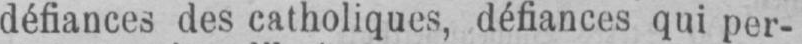
défiances des catholiques, défiances qui per-